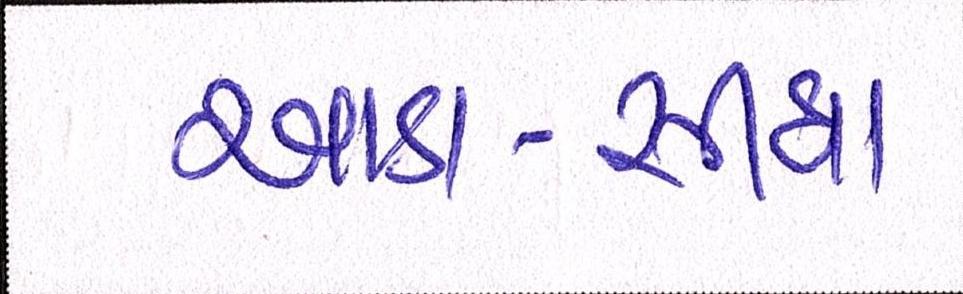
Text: આડા-સીધા